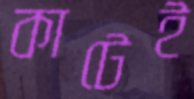
কাটেই